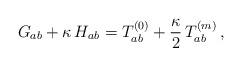
LaTeX: \begin{align*}G_{ab}+ \kappa\,H_{ab}= T^{(0)}_{ab}+\frac{\kappa}{2}\,T^{(m)}_{ab}\,,\end{align*}